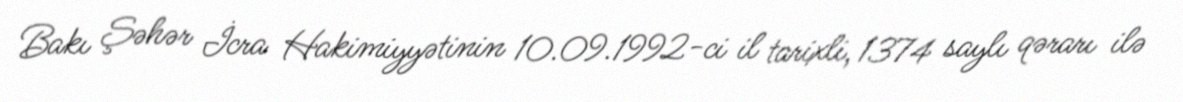
Bakı Şəhər İcra Hakimiyyətinin 10.09.1992-ci il tarixli, 1374 saylı qərarı ilə